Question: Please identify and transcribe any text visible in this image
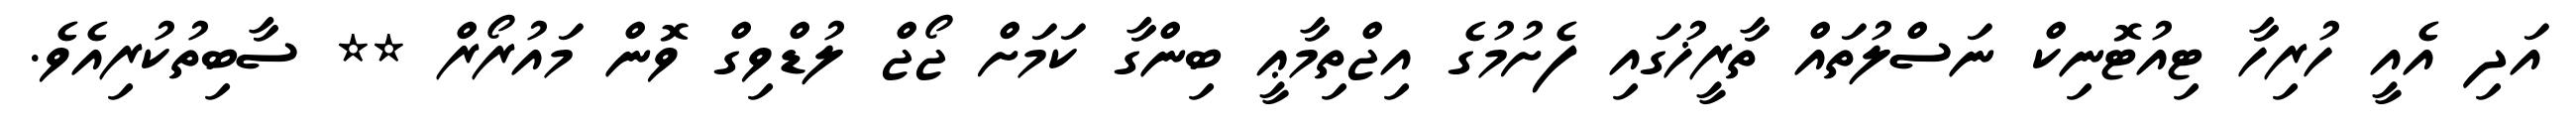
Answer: އަދި އެއީ ހުރިހާ ޓިއުޓޮނިކް ނަސްލުތައް ތާރީޚުގައި ފެށުމުގެ އިޖްތިމާޢީ ބިންގާ ކަމަށް ޖޯޖް ލުޑްވިގް ވޮން މައުރޯރް ** ސާބިތުކުރިއެވެ.